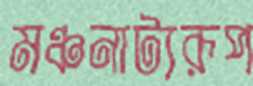
মঞ্চনাট্যরূপ